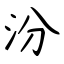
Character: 汾